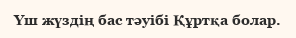
Үш жүздің бас тәуібі Құртқа болар.